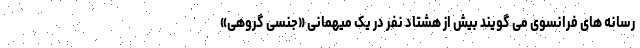
رسانه های فرانسوی می گویند بیش از هشتاد نفر در یک میهمانی «جنسی گروهی»